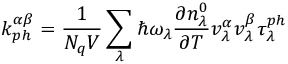
k _ { p h } ^ { \alpha \beta } = \frac { 1 } { N _ { q } V } \sum _ { \lambda } { \hbar } { \omega _ { \lambda } } { \frac { \partial { n _ { \lambda } ^ { 0 } } } { \partial { T } } } { v _ { \lambda } ^ { \alpha } } { v _ { \lambda } ^ { \beta } } \tau _ { \lambda } ^ { p h }